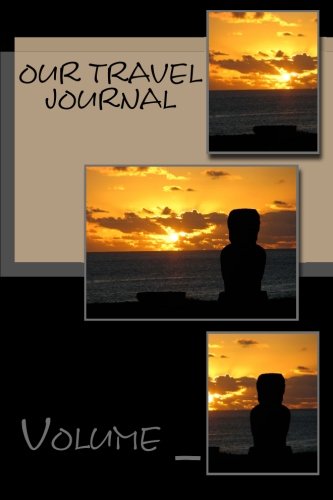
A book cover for Our Travel Journal: Statue Cover (S M Travel Journals); S M; Travel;